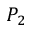
P _ { 2 }